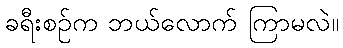
ခရီးစဉ်က ဘယ်လောက် ကြာမလဲ။